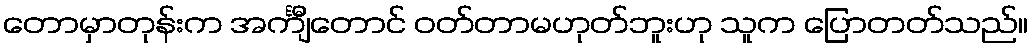
တောမှာတုန်းက အင်္ကျီတောင် ဝတ်တာမဟုတ်ဘူးဟု သူက ပြောတတ်သည်။